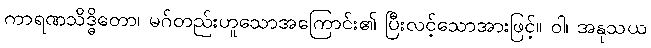
ကာရဏသိဒ္ဓိတော၊ မဂ်တည်းဟူသောအကြောင်း၏ ပြီးလင့်သောအားဖြင့်။ ဝါ၊ အနုသယ